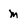
Character: m